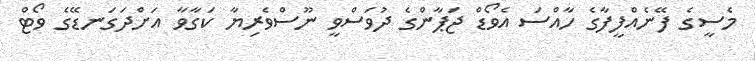
މެސީގެ ފޭނެއްފީފާގެ ހާއްސަ އެވޯޑް ޖަޕާންގެ ދުވަސްވީ ނޫސްވެރިޔާ ކަގާވާ އަށްދަގަނޑޭގެ ވޯޓް